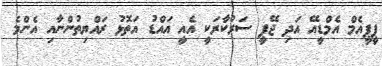
ޕީޕީއެމް އެމްޑީއޭ އަދި ޖޭޕީ ސަރުކާރަކީ އެއީ އައްޑު އަތޮޅު ރައްޔިތުންނާއި އެންމެ